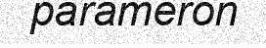
parameron